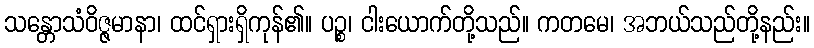
သန္တောသံဝိဇ္ဇမာနာ၊ ထင်ရှားရှိကုန်၏။ ပဉ္စ၊ ငါးယောက်တို့သည်။ ကတမေ၊ အဘယ်သည်တို့နည်း။